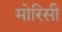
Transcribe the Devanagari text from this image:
मोरिसी